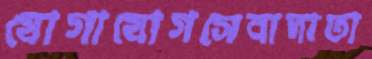
যোগাযোগসেবাদাতা